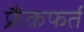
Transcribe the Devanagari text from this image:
फ्रैंकफर्त